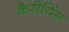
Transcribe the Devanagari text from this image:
कैरीयिंग